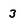
Character: 3